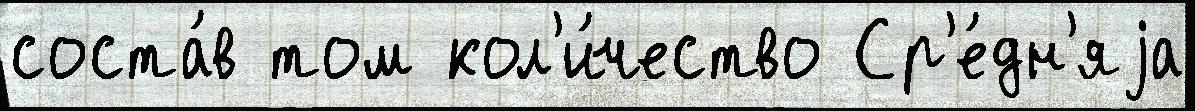
соста́в том кол'и́чество Ср'е́дн'яjа